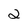
Character: 2